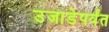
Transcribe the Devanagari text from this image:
उजाडेपर्यंत